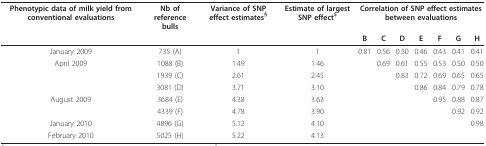
<table><thead><tr><td><b>Phenotypic data of milk yield from conventional evaluations</b></td><td><b>Nb of reference bulls</b></td><td><b>Variance of SNP effect estimates<sup>§</sup></b></td><td><b>Estimate of largest SNP effect<sup>$</sup></b></td><td colspan="7"><b>Correlation of SNP effect estimates between evaluations</b></td></tr><tr><td></td><td></td><td></td><td></td><td><b>B</b></td><td><b>C</b></td><td><b>D</b></td><td><b>E</b></td><td><b>F</b></td><td><b>G</b></td><td><b>H</b></td></tr></thead><tbody><tr><td>January 2009</td><td>735 (A)</td><td>1</td><td>1</td><td>0.81</td><td>0.56</td><td>0.50</td><td>0.46</td><td>0.43</td><td>0.41</td><td>0.41</td></tr><tr><td>April 2009</td><td>1088 (B)</td><td>1.49</td><td>1.46</td><td></td><td>0.69</td><td>0.61</td><td>0.55</td><td>0.53</td><td>0.50</td><td>0.50</td></tr><tr><td></td><td>1939 (C)</td><td>2.61</td><td>2.45</td><td></td><td></td><td>0.83</td><td>0.72</td><td>0.69</td><td>0.65</td><td>0.65</td></tr><tr><td></td><td>3081 (D)</td><td>3.71</td><td>3.10</td><td></td><td></td><td></td><td>0.86</td><td>0.84</td><td>0.79</td><td>0.78</td></tr><tr><td>August 2009</td><td>3684 (E)</td><td>4.38</td><td>3.63</td><td></td><td></td><td></td><td></td><td>0.95</td><td>0.88</td><td>0.87</td></tr><tr><td></td><td>4339 (F)</td><td>4.78</td><td>3.90</td><td></td><td></td><td></td><td></td><td></td><td>0.92</td><td>0.92</td></tr><tr><td>January 2010</td><td>4896 (G)</td><td>5.12</td><td>4.10</td><td></td><td></td><td></td><td></td><td></td><td></td><td>0.98</td></tr><tr><td>February 2010</td><td>5025 (H)</td><td>5.22</td><td>4.13</td><td></td><td></td><td></td><td></td><td></td><td></td><td></td></tr></tbody></table>